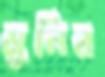
মুনির